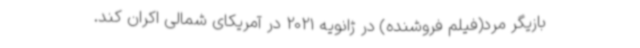
بازیگر مرد(فیلم فروشنده) در ژانویه 2021 در آمریکای شمالی اکران کند.